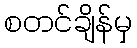
စတင်ချိန်မှ